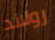
رولاند